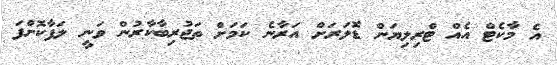
އެ މާކެޓް އެއް ޓްރިލިޔަން ޑޮލަރަށް އަރާނެ ކަމަށް ތަޖުރިބާކާރުން ވަނީ ލަފާކޮށްފަ